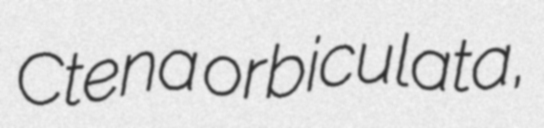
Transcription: Ctena orbiculata,